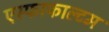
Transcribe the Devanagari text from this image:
एस्फाफाल्टम